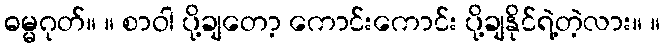
ဓမ္မဂုတ်။ ။ စာဝါ ပို့ချတော့ ကောင်းကောင်း ပို့ချနိုင်ရဲ့တဲ့လား။ ။